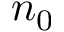
n _ { 0 }